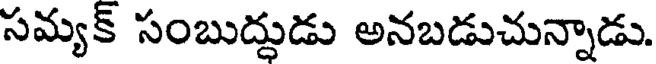
సమ్యక్ సంబుద్దుడు అనబడుచున్నాడు.